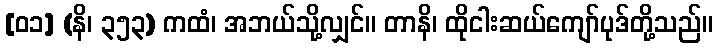
[၀၁] (နိ၊ ၃၅၃) ကထံ၊ အဘယ်သို့လျှင်။ တာနိ၊ ထိုငါးဆယ်ကျော်ပုဒ်တို့သည်။